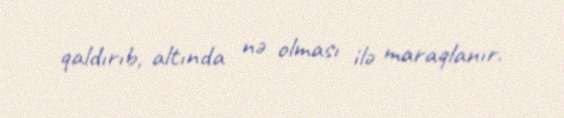
qaldırıb, altında nə olması ilə maraqlanır.